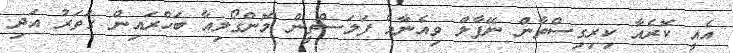
އެއީ ކޮރެއާ ކިރިގިސްތާން ނޭޕާލް ވިއެނާމް ފަލަސްތީން މޮންގޯލިއާ ބަހްރައިން ގަތަރު އަދި